Vaccination in Bombay 1856-1862 - 1856-1862
Year: 1856
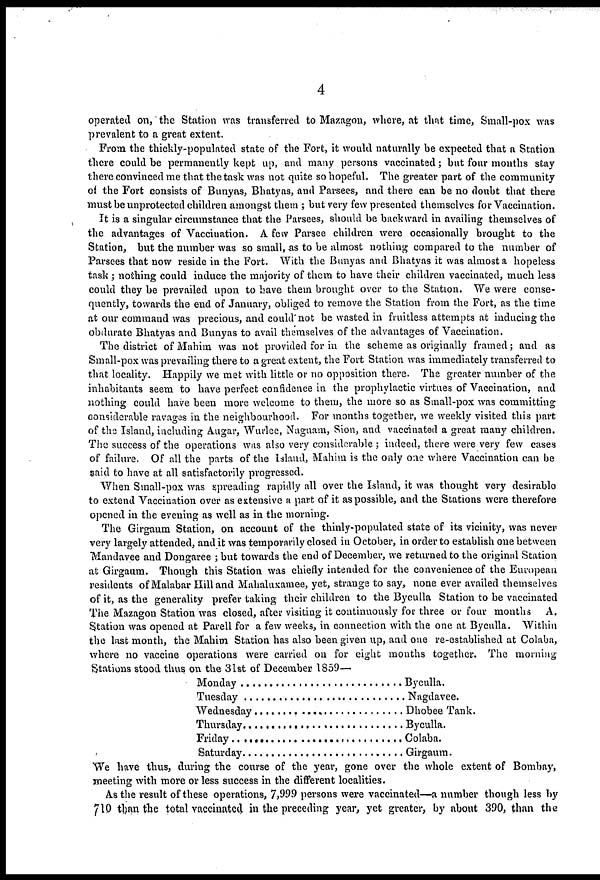
4
operated on, the Station was transferred to Mazagon, where, at that time, Small-pox was
prevalent to a great extent.
From the thickly-populated state of the Fort, it would naturally be expected that a Station
there could be permanently kept up, and many persons vaccinated; but four months stay
there convinced me that the task was not quite so hopeful. The greater part of the community
of the Fort consists of Bunyas, Bhatyas, and Parsees, and there can be no doubt that there
must be unprotected children amongst them ; but very few presented themselves for Vaccination.
It is a singular circumstance that the Parsees, should be backward in availing themselves of
the advantages of Vaccination. A few Parsee children were occasionally brought to the
Station, but the number was so small, as to be almost nothing compared to the number of
Parsees that now reside in the Fort. With the Bunyas and Bhatyas it was almost a hopeless
task ; nothing could induce the majority of them to have their children vaccinated, much less
could they be prevailed upon to have them brought over to the Station. We were conse-
quently, towards the end of January, obliged to remove the Station from the Fort, as the time
at our command was precious, and could not be wasted in fruitless attempts at inducing the
obdurate Bhatyas and Bunyas to avail themselves of the advantages of Vaccination.
The district of Mahim was not provided for in the scheme as originally framed; and as
Small-pox was prevailing there to a great extent, the Fort Station was immediately transferred to
that locality. Happily we met with little or no opposition there. The greater number of the
inhabitants seem to have perfect confidence in the prophylactic virtues of Vaccination, and
nothing could have been more welcome to them, the more so as Small-pox was committing
considerable ravages in the neighbourhood. For months together, we weekly visited this part
of the Island, including Augar, Wurlee, Naguam, Sion, and vaccinated a great many children.
The success of the operations was also very considerable ; indeed, there were very few cases
of failure. Of all the parts of the Island, Mahim is the only one where Vaccination can be
said to have at all satisfactorily progressed.
When Small-pox was spreading rapidly all over the Island, it was thought very desirable
to extend Vaccination over as extensive a part of it as possible, and the Stations were therefore
opened in the evening as well as in the morning.
The Girgaum Station, on account of the thinly-populated state of its vicinity, was never
very largely attended, and it was temporarily closed in October, in order to establish one between
Mandavee and Dongaree ; but towards the end of December, we returned to the original Station
at Girgaum. Though this Station was chiefly intended for the convenience of the European
residents of Malabar Hill and Mahaluxamee, yet, strange to say, none ever availed themselves
of it, as the generality prefer taking their children to the Byculla Station to be vaccinated
The Mazagon Station was closed, after visiting it continuously for three or four months A.
Station was opened at Parell for a few weeks, in connection with the one at Byculla. Within
the last month, the Mahim Station has also been given up, and one re-established at Colaba,
where no vaccine operations were carried on for eight months together. The morning
Stations stood thus on the 31st of December 1859—
Monday . . . . . . . . . . . . . . . . . . . .
Tuesday . . . . . . . . . . . . . . . . . . . .
Wednesday . . . . . . . . . . . . . . . . .
Thursday . . . . . . . .. . . . . . . . . . . .
Friday . . . . . . . . . .. . . . . . . . . . . .
Saturday . . . . . . . . . . . . . . . . . . . .
Byculla.
Nagdavee.
Dhobee Tank.
Byculla.
Colaba.
Girgaum.
We have thus, during the course of the year, gone over the whole extent of Bombay,
meeting with more or less success in the different localities.
As the result of these operations, 7,999 persons were vaccinated—a number though less by
710 than the total vaccinated in the preceding year, yet greater, by about 390, than the